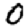
Digit: 0